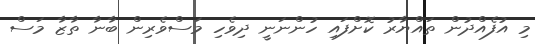
މި އުފެއްދުން ތައްޔާރު ކޮށްފައި ހުންނަނީ ދިވެހި މަސްވެރިން ބާނާ ތާޒާ މަސް